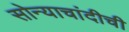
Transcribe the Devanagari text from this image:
सोन्याचांदीची